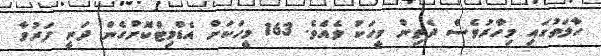
ހާލަތުގައި މިހާރުވެސް ދެތިން މީހަކު ވެއެވެ. 163 މީހަކަށް އެޑްމިޓްކޮށްގެން ދަނީ ފަރުވާ